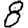
Digit: 8